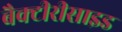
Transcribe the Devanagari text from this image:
बैक्टीरीसाइड